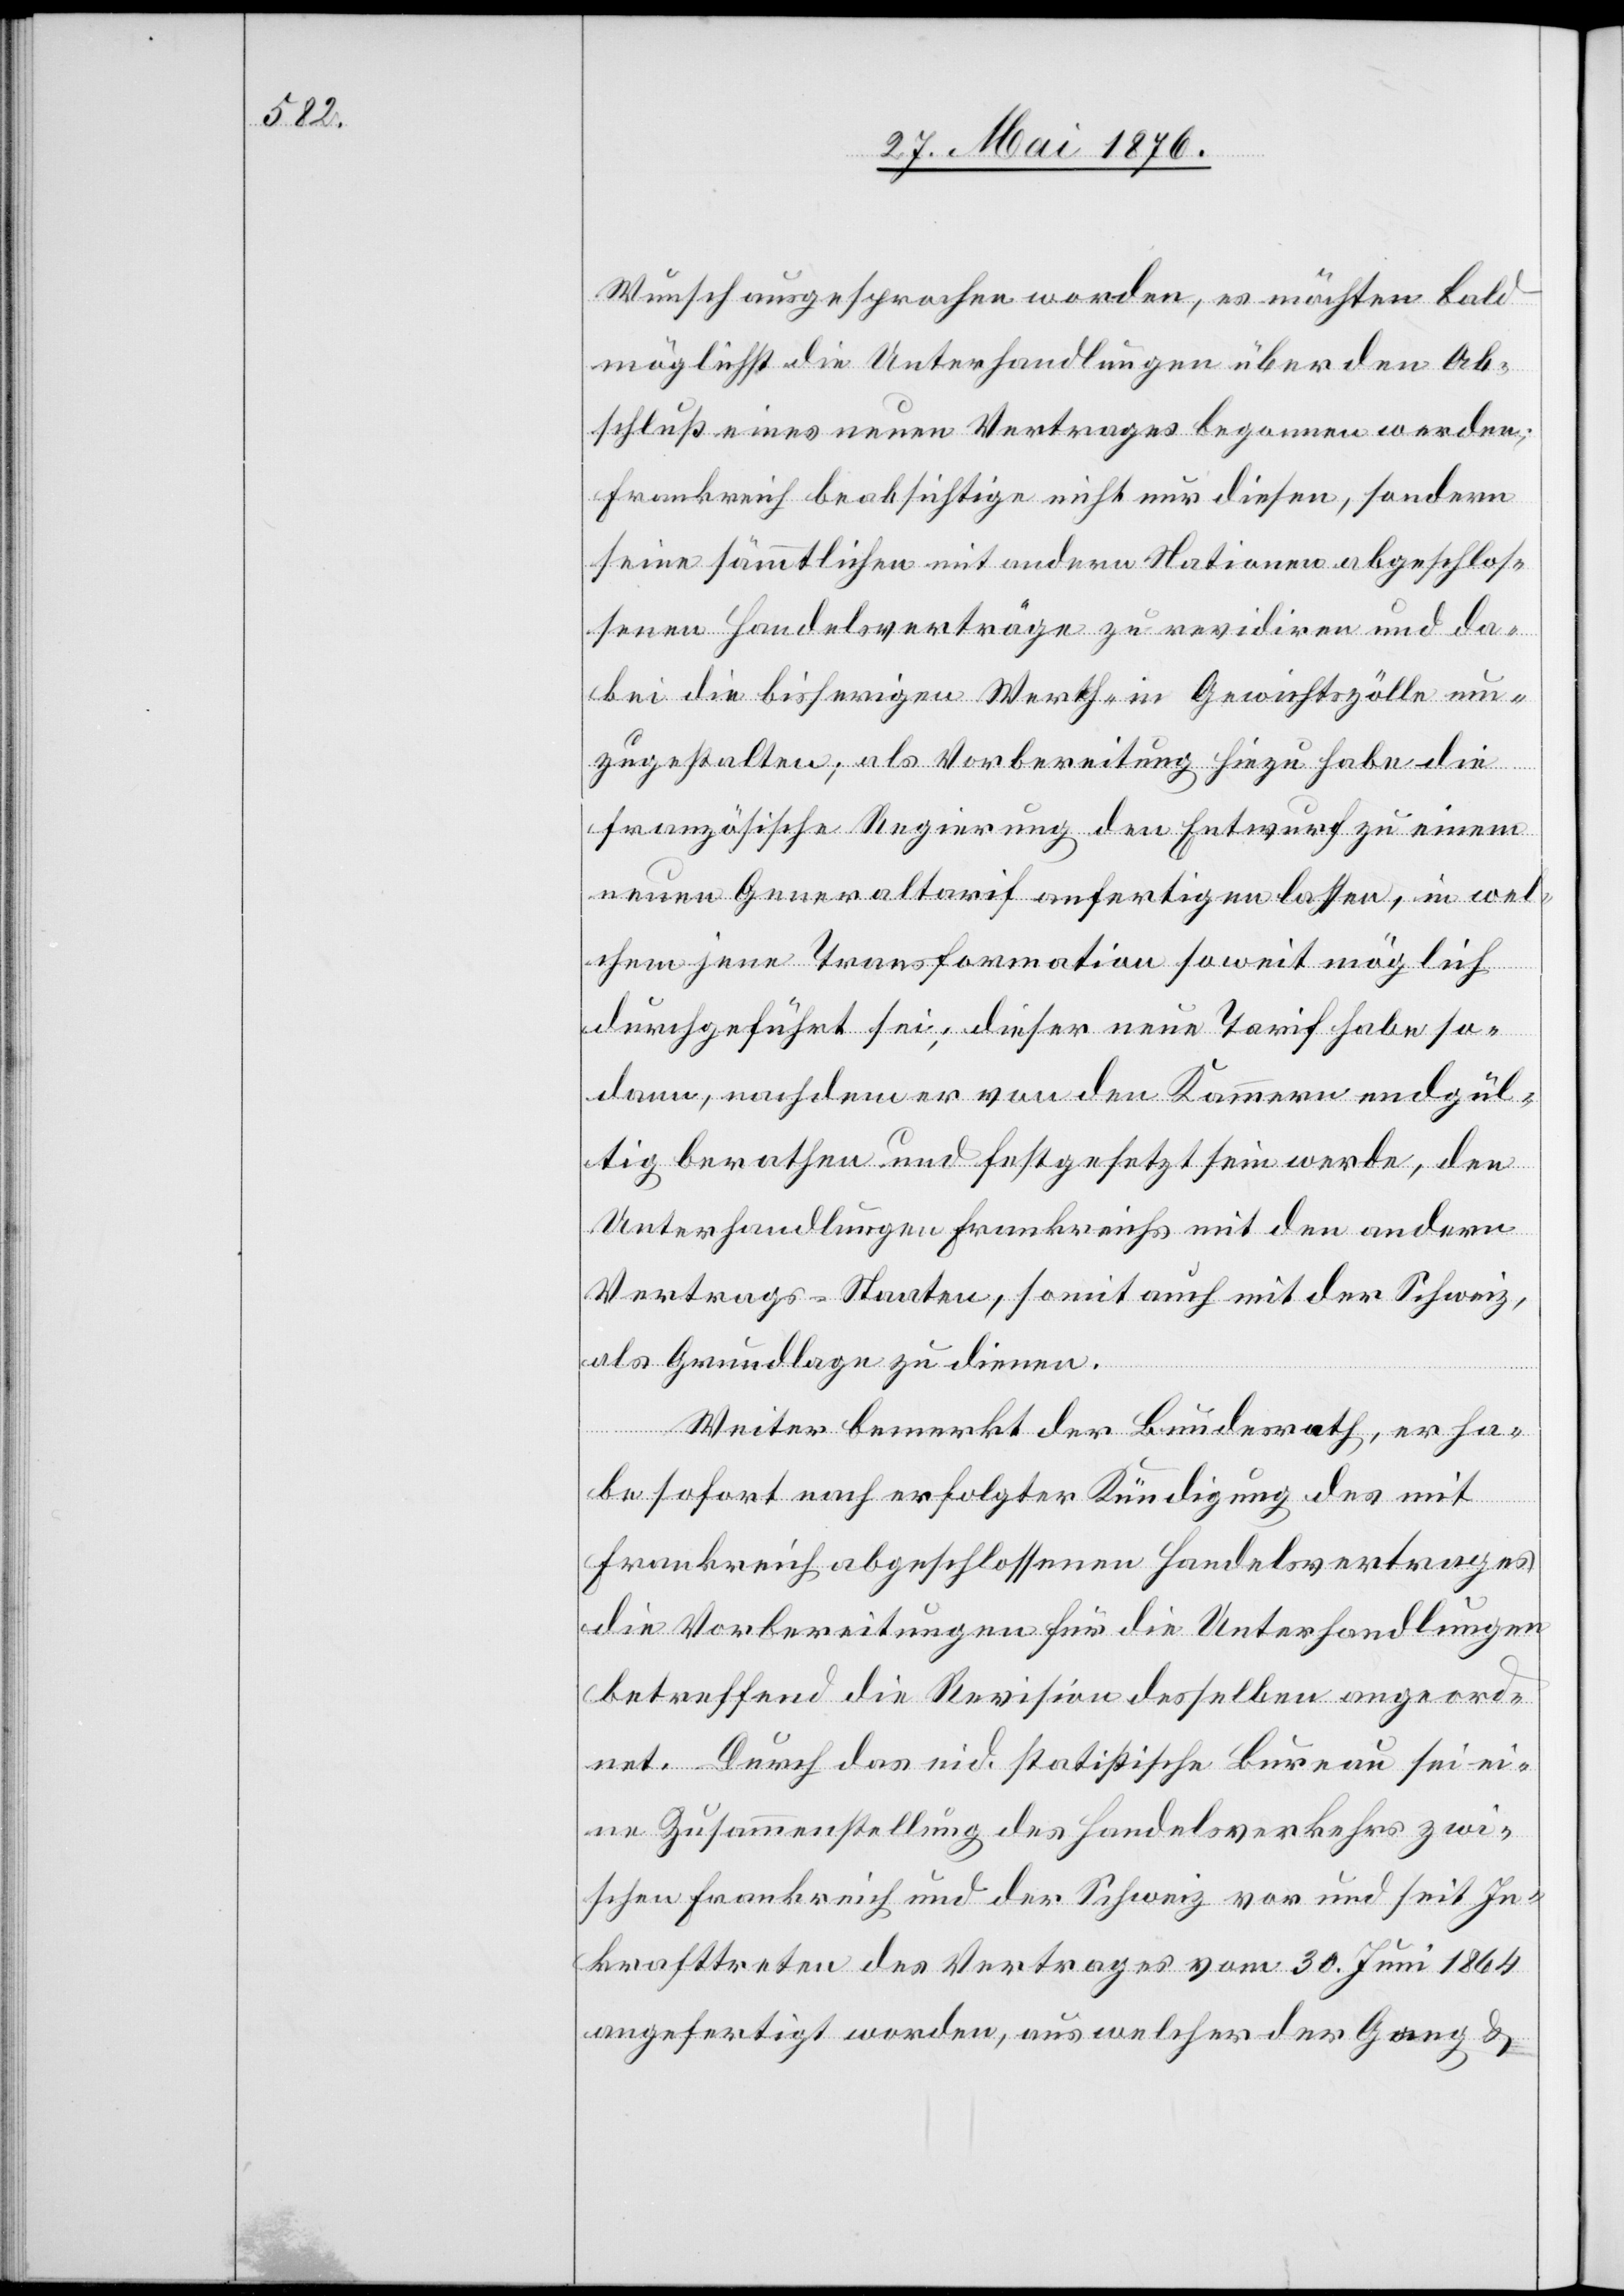
Wunsch ausgesprochen worden, es möchten bald
möglichst die Unterhandlungen über den Ab¬
schluß eines neuen Vertrages begonnen werden;
Frankreich beabsichtige nicht nur diesen, sondern
seine sämmtlichen mit andern Nationen abgeschlos¬
senen Handelsverträge zu revidiren und da¬
bei die bisherigen Werth- in Gewichtszölle um¬
zugestalten; als Vorbereitung hiezu habe die
französische Regierung den Entwurf zu einem
neuen Generaltarif anfertigen lassen, in wel¬
chem jene Transformation soweit möglich
durchgeführt sei; dieser neue Tarif habe so¬
dann, nachdem er von den Kammern endgül¬
tig berathen und festgesetzt sein werde, den
Unterhandlungen Frankreichs mit den andern
Vertrags-Staaten, somit auch mit der Schweiz
als Grundlage zu dienen.
Weiter bemerkt der Bundesrath, er ha¬
be sofort nach erfolgter Kündigung des mit
Frankreich abgeschlossenen Handelsvertrages
die Vorbereitungen für die Unterhandlungen
betreffend die Revision desselben angeord¬
net. Durch das eid. statistische Bureau sei ei¬
ne Zusammenstellung des Handelsverkehrs zwi¬
schen Frankreich und der Schweiz vor und seit In¬
krafttreten des Vertrages vom 30. Juni 1864
angefertigt worden, aus welcher der Gang &